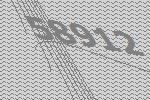
58912